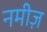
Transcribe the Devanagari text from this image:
नमीज़